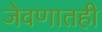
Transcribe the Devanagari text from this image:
जेवणातही